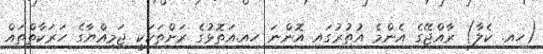
(ހއ. ކެލާ) ރާއްޖޭގެ އެންމެ އުތުރުގައި އޮންނަ ހއ.އަތޮޅުގެ ރަށްތަކަކީ ޖަމިއްޔާގެ ހަރަކާތްތައް